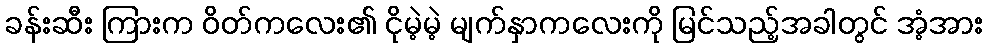
ခန်းဆီး ကြားက ဝိတ်ကလေး၏ ငိုမဲ့မဲ့ မျက်နှာကလေးကို မြင်သည့်အခါတွင် အံ့အား